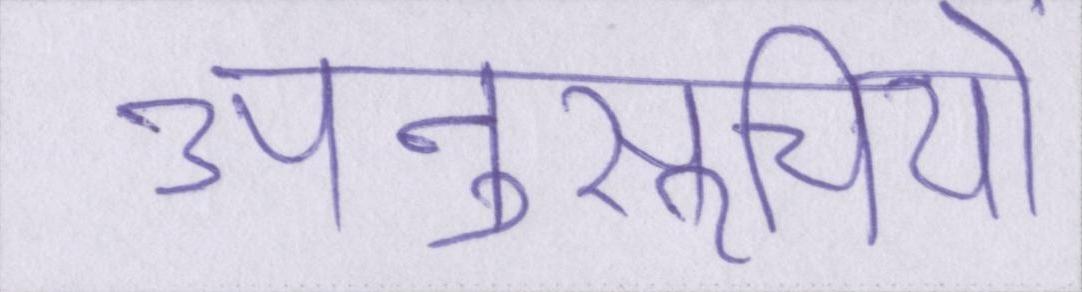
अनुसूचियों